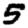
Digit: 5